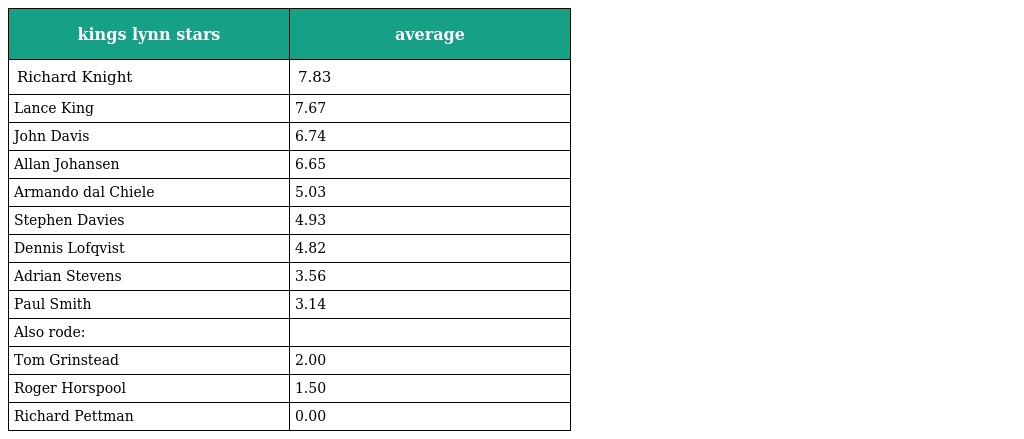
| kings lynn stars | average |
 | --- | --- |
 | Richard Knight | 7.83 |
 | Lance King | 7.67 |
 | John Davis | 6.74 |
 | Allan Johansen | 6.65 |
 | Armando dal Chiele | 5.03 |
 | Stephen Davies | 4.93 |
 | Dennis Lofqvist | 4.82 |
 | Adrian Stevens | 3.56 |
 | Paul Smith | 3.14 |
 | Also rode: |  |
 | Tom Grinstead | 2.00 |
 | Roger Horspool | 1.50 |
 | Richard Pettman | 0.00 |